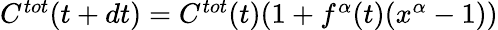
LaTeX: \begin{array}{r}{C^{tot}(t+dt)=C^{tot}(t)(1+f^{\alpha}(t)(x^{\alpha}-1))}\end{array}